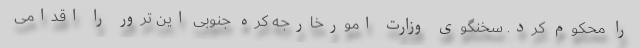
را محکوم کرد. سخنگوی وزارت امورخارجه کره جنوبی این ترور را اقدامی